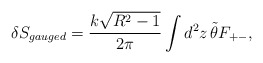
\begin{align*}\delta S_{gauged} = \frac{k\sqrt{R^2 -1}}{2\pi} \int d^2 z\,\tilde{\theta} F_{+-} ,\end{align*}